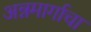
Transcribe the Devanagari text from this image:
अन्नमार्गाचा